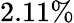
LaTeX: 2.11\%